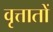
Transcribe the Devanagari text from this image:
वृत्तातों